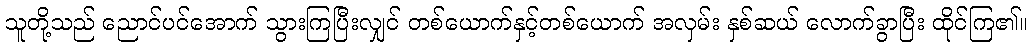
သူတို့သည် ညောင်ပင်အောက် သွားကြပြီးလျှင် တစ်ယောက်နှင့်တစ်ယောက် အလှမ်း နှစ်ဆယ် လောက်ခွာပြီး ထိုင်ကြ၏။